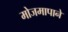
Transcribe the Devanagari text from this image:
मोजमापाने